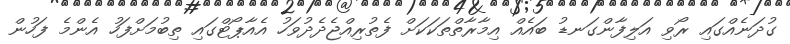
ގުދަނެއްގައި ރޯވި އަލިފާންގަނޑު ބައެއް އިމާރާތްތަކަކަށް ފެތުރިއްޖެދެދުވަހު އެއާޕޯޓްގައި ތިބުމަށްފަހު އެންމެ ފަހުން